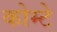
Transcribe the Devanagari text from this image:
कोम्टे